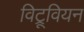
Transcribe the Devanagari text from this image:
विट्रूवियन